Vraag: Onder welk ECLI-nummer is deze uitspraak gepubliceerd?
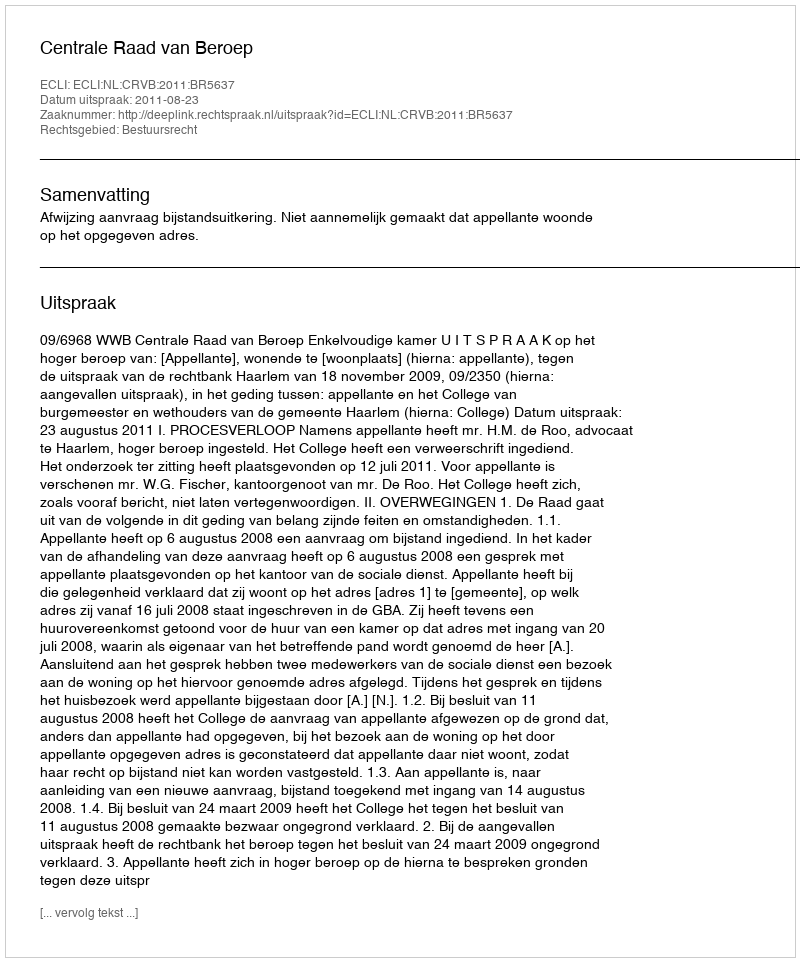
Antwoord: ECLI:NL:CRVB:2011:BR5637